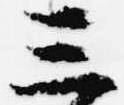
三